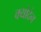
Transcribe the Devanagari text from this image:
क्योदेन